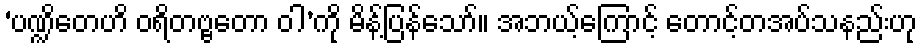
‘ပဏ္ဍိတေဟိ ဝရိတဗ္ဗတော ဝါ’ကို မိန့်ပြန်သော်။ အဘယ့်ကြောင့် တောင့်တအပ်သနည်းဟု